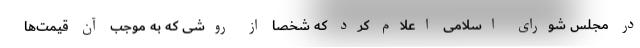
در مجلس شورای اسلامی اعلام کرد که شخصا از روشی که به موجب آن قیمت‌ها